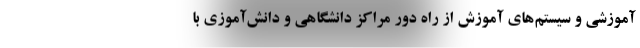
آموزشی و سیستم‌های آموزش از راه دور مراکز دانشگاهی و دانش‌آموزی با